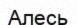
Алесь